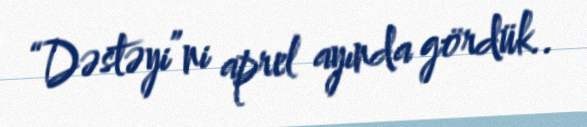
“Dəstəyi”ni aprel ayında gördük..